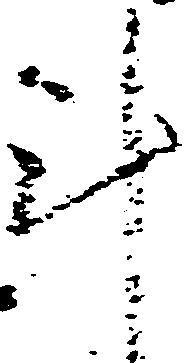
計